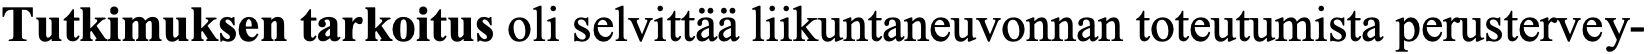
Tutkimuksen tarkoitus oli selvittää liikuntaneuvonnan toteutumista perustervey-